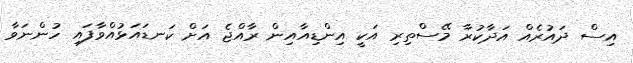
އިސް ދައުރެއް އަދާކުރާ މޭސްތިރި އަކީ އިންޑިއާއިން ރާއްޖެ އަށް ކަނޑައަޅުއްވާފައި ހުންނަވާ